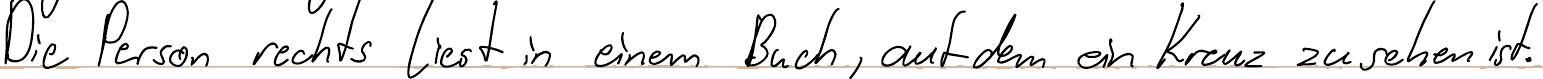
Die Person rechts liest in einem Buch, auf dem ein Kreuz zu sehen ist.